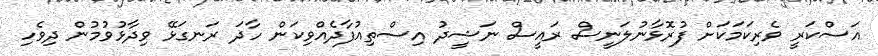
އަސްކަރީ ވެރިކަމަކަށް ފުރޮޅާނުލަނީސް ރައީސް ނަޝީދު އިސްތިއުފާދެއްވިކަން ހާދަ ރަނގަޅޭ ވިދާޅުވުމުން ދިވެހި